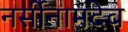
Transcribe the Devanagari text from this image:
नर्सीनामदेव